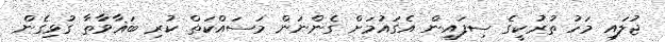
ޖުލައި މަހު ތުރުކީގެ ސިފައިން އެގައުމަށް ގެންނަން މަސައްކަތް ކުރި ބަޣާވާތާ ގުޅިގެން